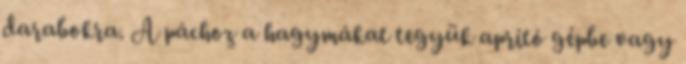
darabokra. A páchoz a hagymákat tegyük aprító gépbe vagy